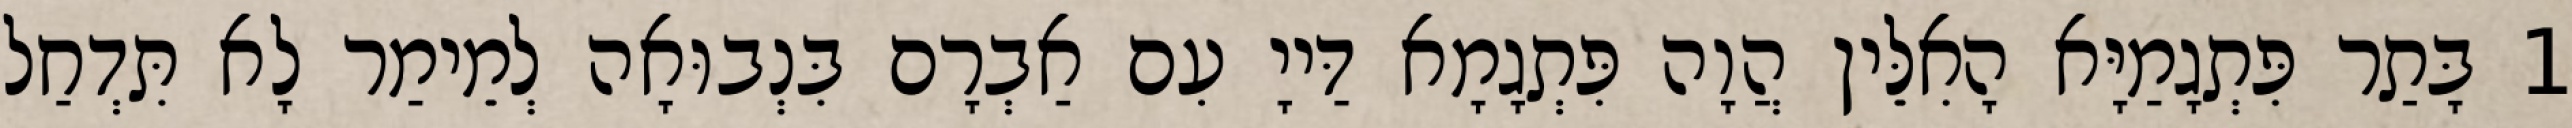
1 בָּתַר פִּתְגָמַיָּא הָאִלֵּין הֲוָה פִּתְגָמָא דַּייָ עִם אַבְרָם בִּנְבוּאָה לְמֵימַר לָא תִּדְחַל